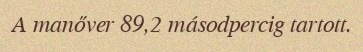
A manőver 89,2 másodpercig tartott.